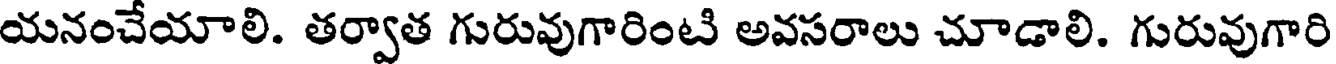
యనంచేయాలి. తర్వాత గురువుగారింటి అవసరాలు చూడాలి. గురువుగారి